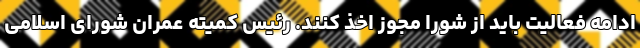
ادامه فعالیت باید از شورا مجوز اخذ کنند. رئیس کمیته عمران شورای اسلامی